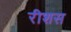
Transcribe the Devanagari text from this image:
रीशस